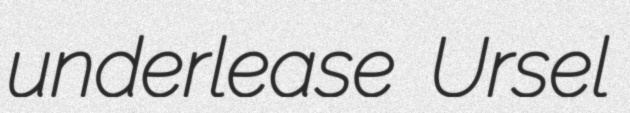
underlease Ursel